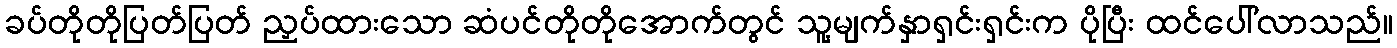
ခပ်တိုတိုပြတ်ပြတ် ညှပ်ထားသော ဆံပင်တိုတိုအောက်တွင် သူ့မျက်နှာရှင်းရှင်းက ပိုပြီး ထင်ပေါ်လာသည်။